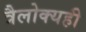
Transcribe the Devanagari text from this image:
त्रैलोक्यही